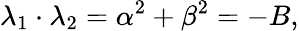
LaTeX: \lambda_{1}\cdot\lambda_{2}=\alpha^{2}+\beta^{2}=-B,